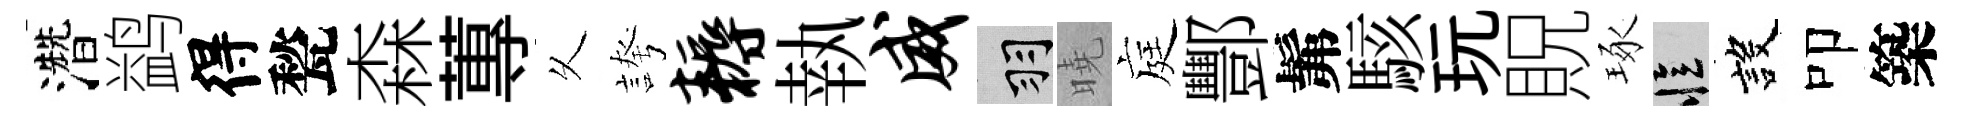
濳鹢得甃森蓴乆誇耨執威羽曉庭酆髴駭玩貺琢忆設叩築